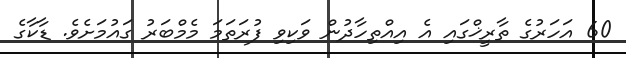
60 އަހަރުގެ ތާރީޚްގައި އެ އިއްތިހާދުން ވަކިވި ފުރަތަމަ މެމްބަރު ގައުމަށެވެ. ޑާކާގެ